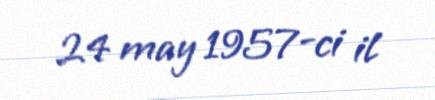
24 may 1957-ci il